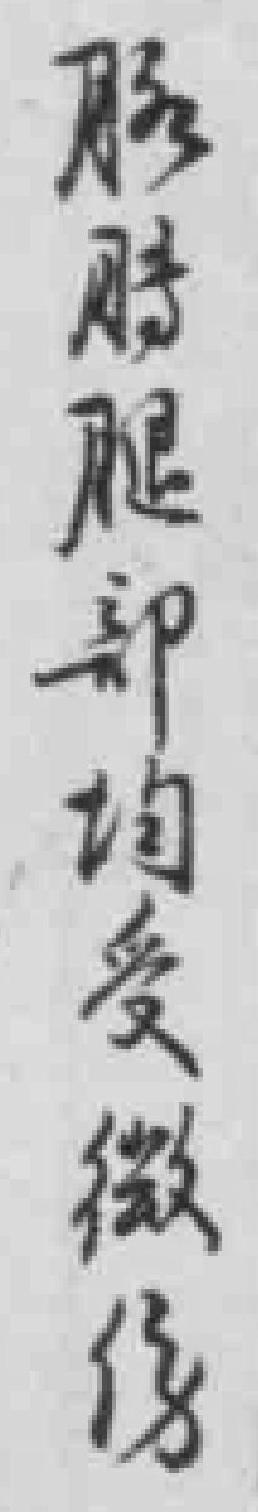
*腿部均受微傷